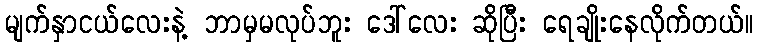
မျက်နှာငယ်လေးနဲ့ ဘာမှမလုပ်ဘူး ဒေါ်လေး ဆိုပြီး ရေချိုးနေလိုက်တယ်။